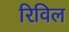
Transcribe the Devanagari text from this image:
रिविल